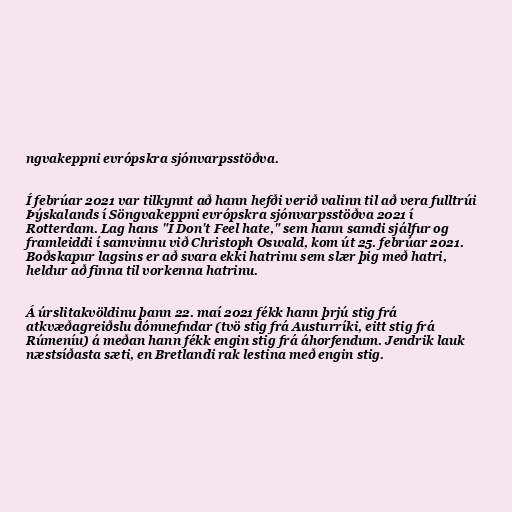
ngvakeppni evrópskra sjónvarpsstöðva.

Í febrúar 2021 var tilkynnt að hann hefði verið valinn til að vera fulltrúi
Þýskalands í Söngvakeppni evrópskra sjónvarpsstöðva 2021 í
Rotterdam. Lag hans "I Don't Feel hate," sem hann samdi sjálfur og
framleiddi í samvinnu við Christoph Oswald, kom út 25. febrúar 2021.
Boðskapur lagsins er að svara ekki hatrinu sem slær þig með hatri,
heldur að finna til vorkenna hatrinu.

Á úrslitakvöldinu þann 22. maí 2021 fékk hann þrjú stig frá
atkvæðagreiðslu dómnefndar (tvö stig frá Austurríki, eitt stig frá
Rúmeníu) á meðan hann fékk engin stig frá áhorfendum. Jendrik lauk
næstsíðasta sæti, en Bretlandi rak lestina með engin stig.